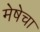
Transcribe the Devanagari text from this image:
मेषेचा